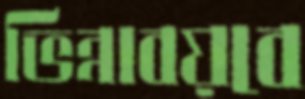
ভিন্নাবয়বে